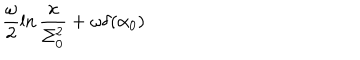
\frac { \omega } { 2 } \ln \frac { x } { \Sigma _ { 0 } ^ { 2 } } + \omega \delta ( \alpha _ { 0 } )